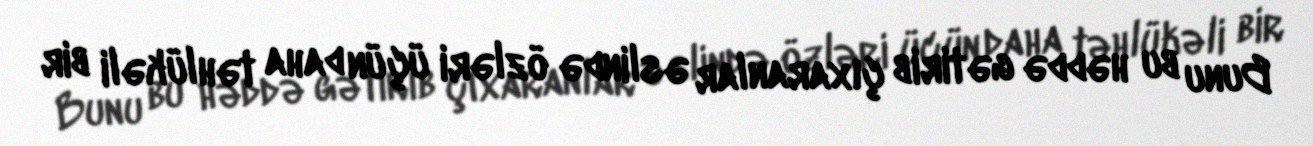
Bunu bu həddə gətirib çıxaranlar əslində özləri üçün daha təhlükəli bir